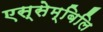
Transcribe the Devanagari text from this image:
एस्सेम्बिलि